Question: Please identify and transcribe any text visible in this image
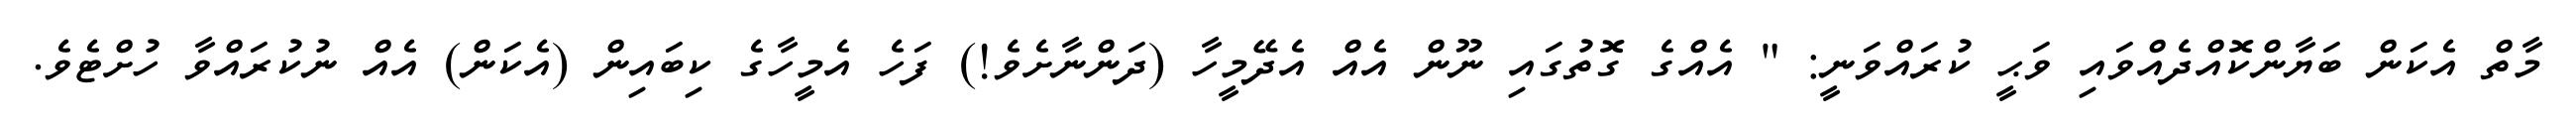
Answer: މާތް އެކަން ބަޔާންކޮއްދެއްވައި ވަޙީ ކުރައްވަނީ: " އެއްގެ ގޮތުގައި ނޫން އެއް އެދޭމީހާ (ދަންނާށެވެ!) ފަހެ އެމީހާގެ ކިބައިން (އެކަން) އެއް ނުކުރައްވާ ހުށްޓެވެ.